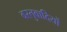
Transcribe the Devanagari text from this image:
वस्तुवादियों